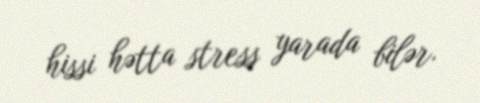
hissi hətta stress yarada bilər.